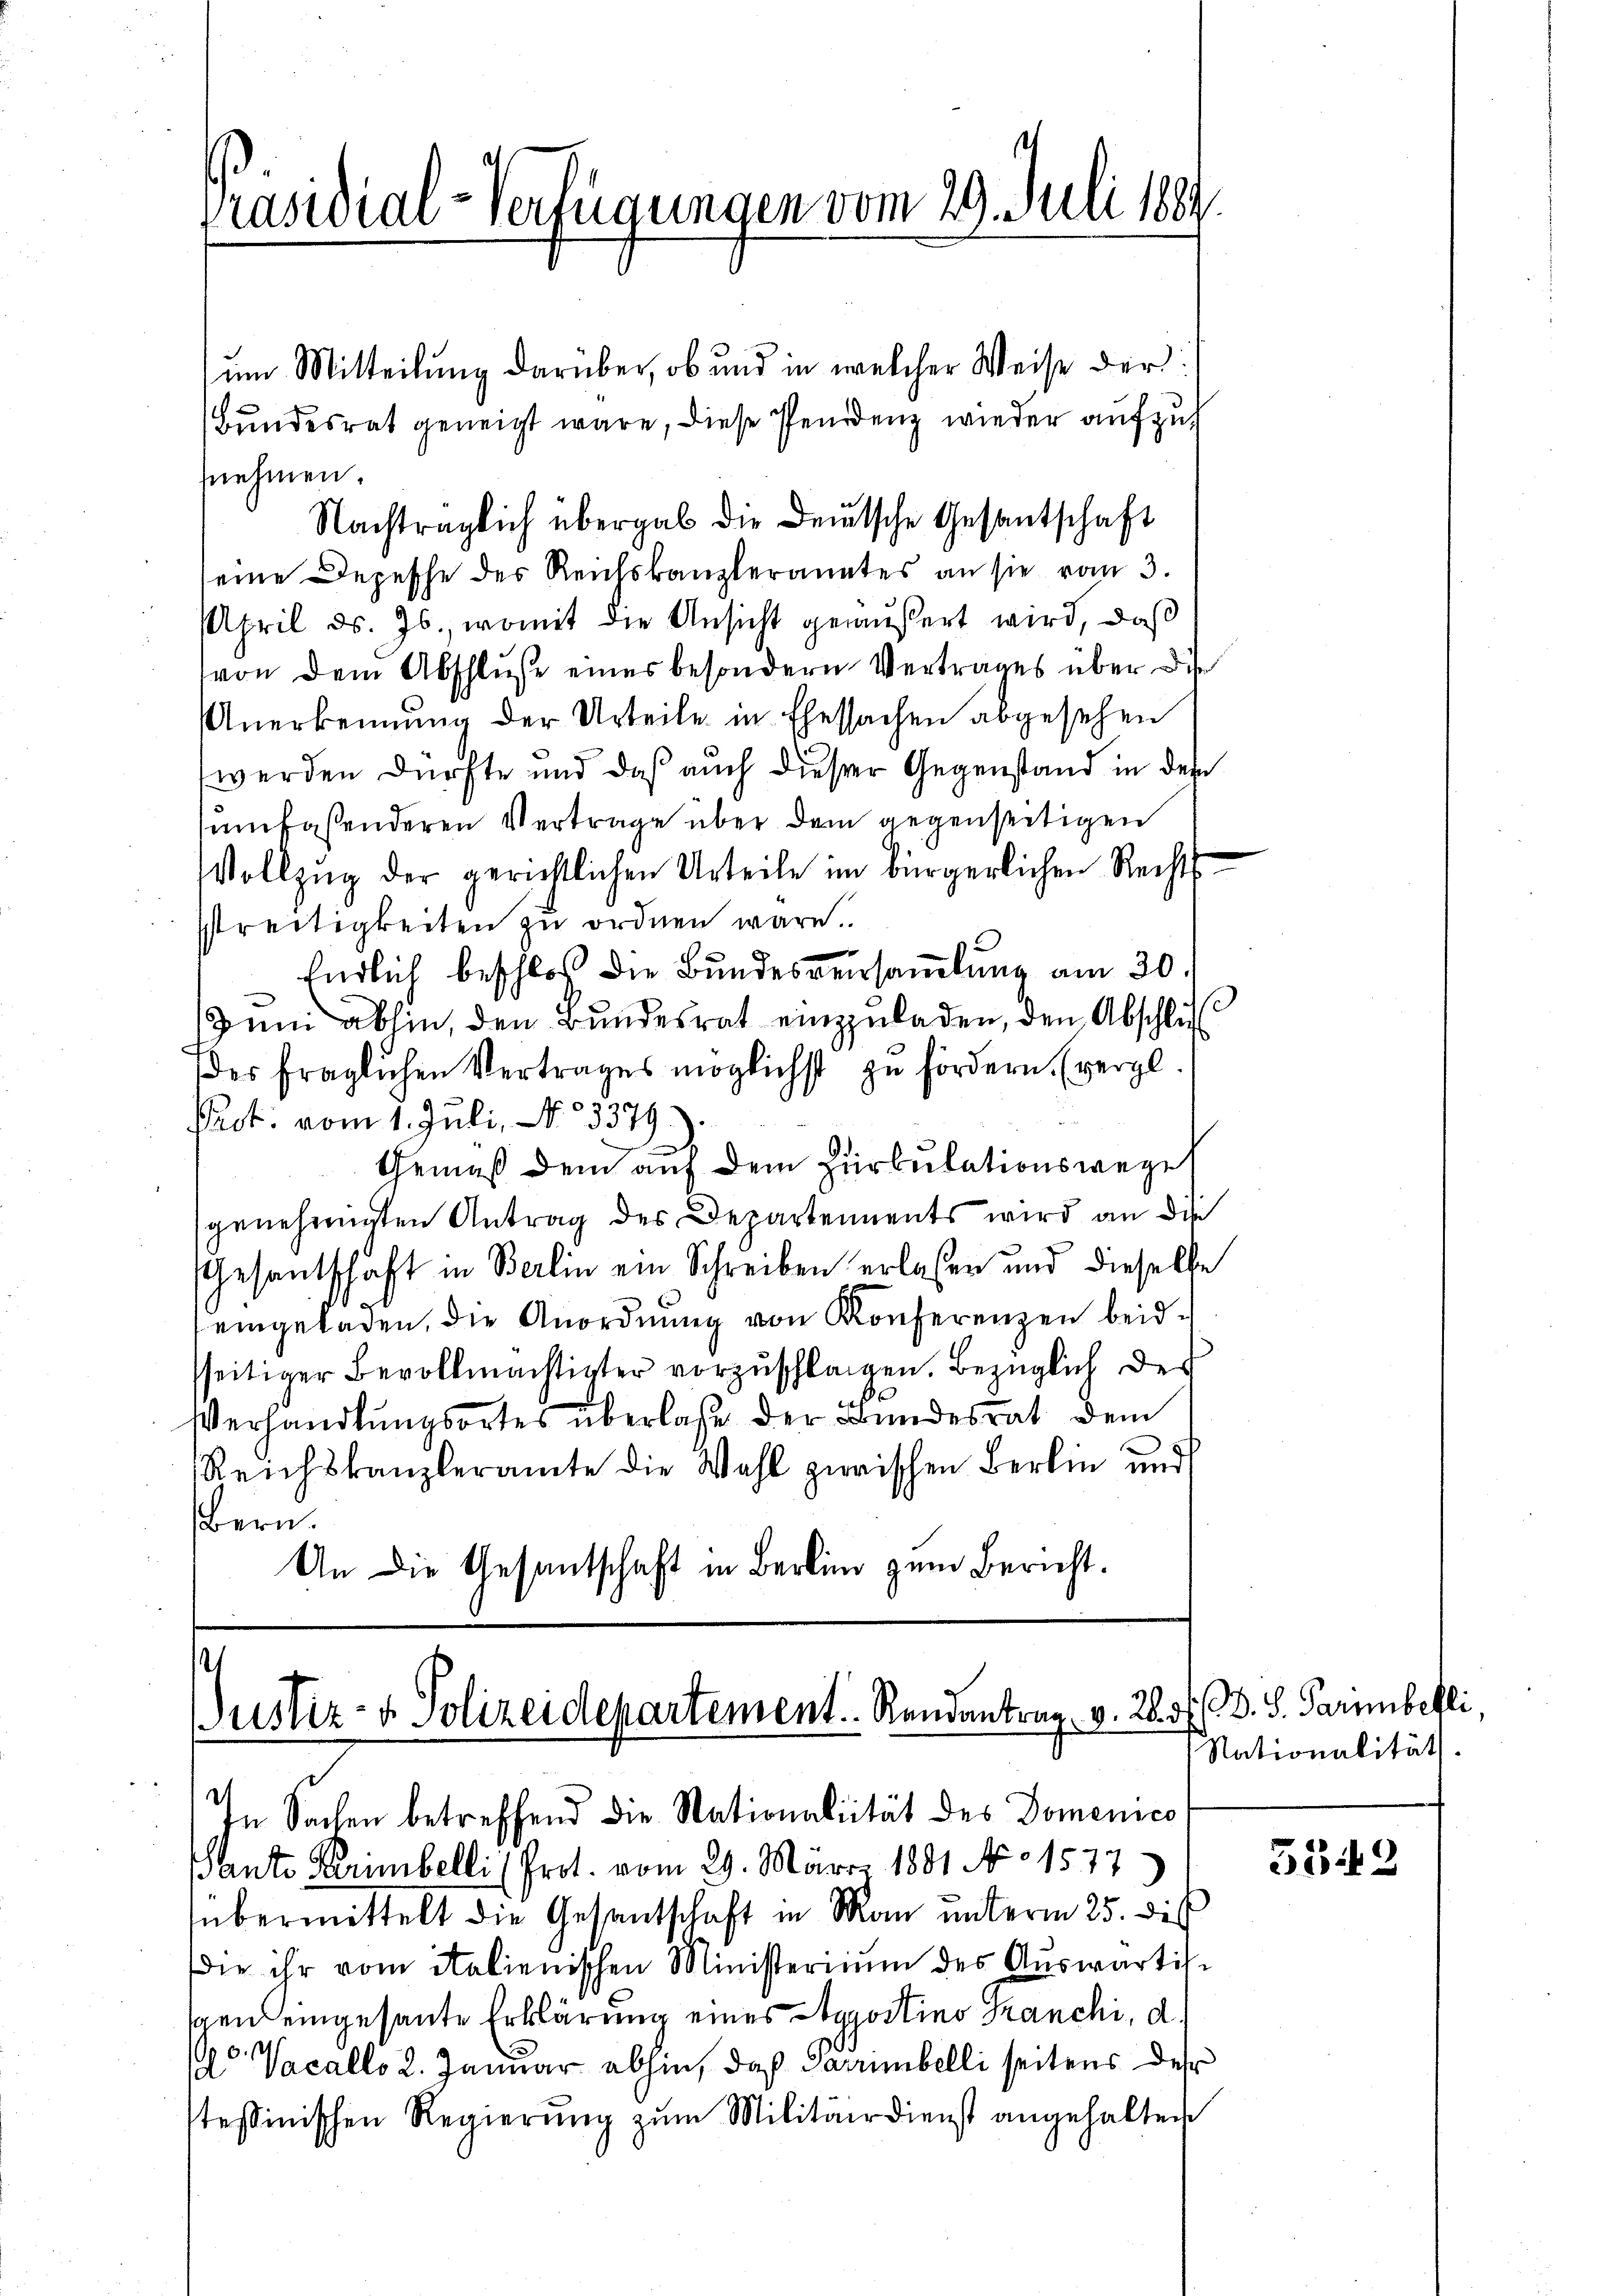
Präsidial-Verfügungen vom 29. Juli 1889.

um Mitteilung darüber, ob und in welcher Weise der
Bundesrat geneigt wäre, diese Pendenz wieder aufzu
nehmen.
Nachträglich übergab die Deutsche Gesantschaft
seine Depesche des Reichskanzleranates an sie vom 3.
April d. Js., womit die Ansicht geäußert wird, daß
von dem Abschluße eines besondern Vertrages über die
nerkennung der Urteile in Ehesachen abgesehen
werden dürfte und daß auch dieser Gegenstand in dem
umfassenderen Vertrage über dem gegenseitigen
Vollzug der gerichtlichen Urteile im bürgerlichen Rechts-
streitigkeiten zu ordnen wäre.
Endlich beschloß die Bundesversamlung am 30.
Juni abhin, den Bundesrat einzuladen, den Abschlu
des fraglichen Vertrages möglichst zu fördern. (vergl.
Pact. vom 1. Juli, No 3379.
Gemäß dem auf dem Zirkulationswege
genehmigten Antrag des Departements wird an die
Gesantschaft in Berlin ein Schreiben erlaßen und dieselbe
eingeladen, die Anordnŭng von Konferenzen beid-
sseitiger Bevollmächtigter vorzŭschlagen. Bezüglich des
Verhandlungsortes überlasse der Bundesrat dem
Reichskanzleramte die Wahl zwischen Berlin und
Bern.
An die Gesantschaft in Berlin zum Bericht.

s
Justiz- & Polizeidepartement. Rendantrag v. 28. d. d. S. Parmbefli
.
In Sachen betreffend die Nationalität des Domenico

Pante Kerimbelli (Prot. vom 29. März 1891 No. 1577)
übermittelt die Gesandtschaft in Man unterm 25. des
die ihr vom italienischen Ministerium des Auswärtig-
gen eingesante Erklärung eines Doggostins Kranchi, d.
o Vacallo 2. Januar abhin, daß Sarrimbelli seitens des
tessinischen Regierung zum Militärdienst angehalten

Nationalität.

552